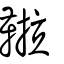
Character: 鞡